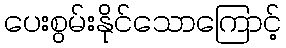
ပေးစွမ်းနိုင်သောကြောင့်